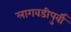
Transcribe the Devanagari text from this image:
लागवडीपुर्वी